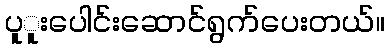
ပူူးပေါင်းဆောင်ရွက်ပေးတယ်။